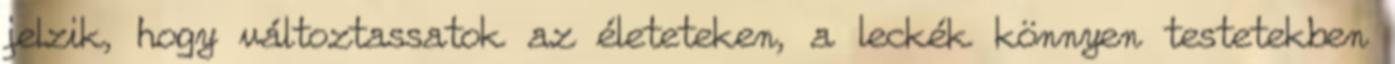
jelzik, hogy változtassatok az életeteken, a leckék könnyen testetekben